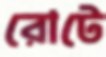
রোটে